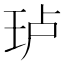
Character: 𰡵